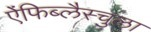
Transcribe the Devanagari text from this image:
ऐंफिब्लैस्चुला